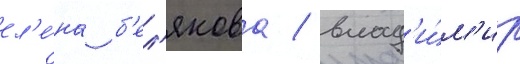
ел'е́на б'ел'якова / влад'и́м'ир